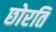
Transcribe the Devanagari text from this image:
छोरति